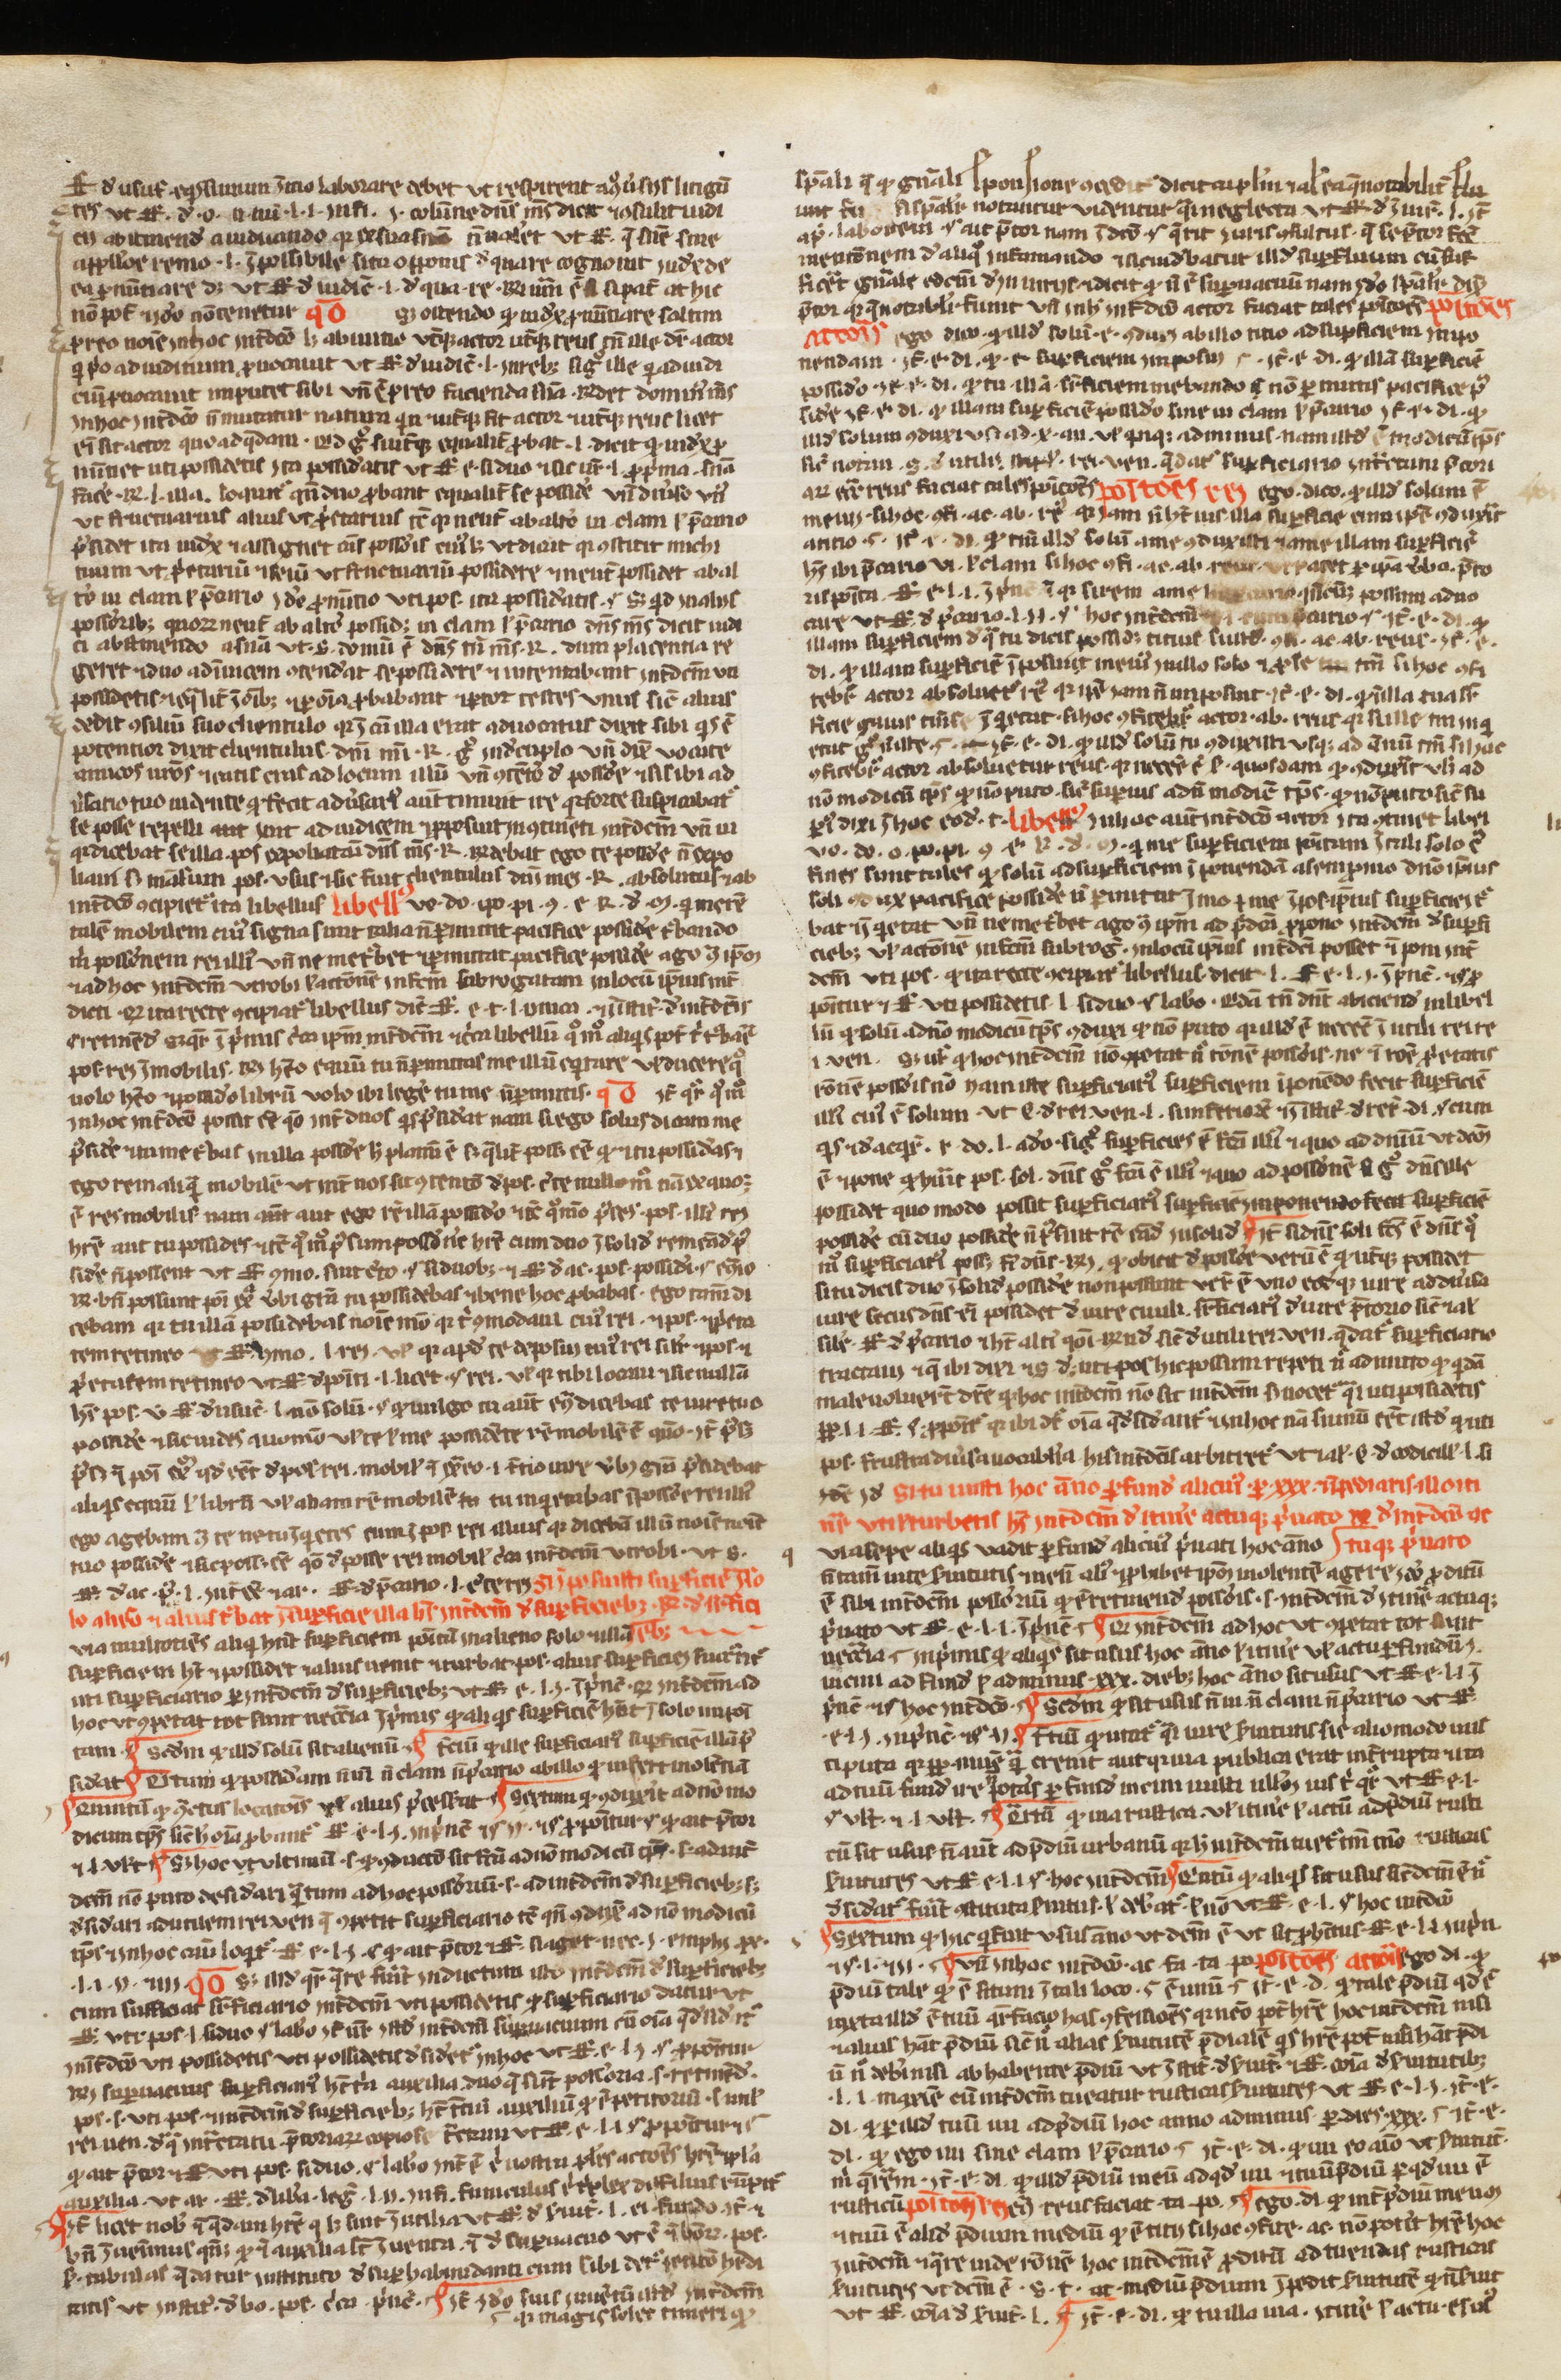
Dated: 1200–1224